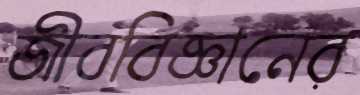
জীববিজ্ঞানের